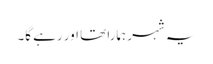
یہ شہر ہمارا تھا اور رہے گا۔